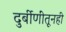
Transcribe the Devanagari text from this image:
दुर्बीणींतूनही